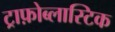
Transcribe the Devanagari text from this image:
ट्राफ़ोब्लास्टिक